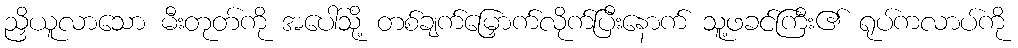
ညှိယူလာသော မီးတုတ်ကို အပေါ်သို့ တစ်ချက်မြှောက်လိုက်ပြီးနောက် သူ့ဖခင်ကြီး၏ ရုပ်ကလာပ်ကို